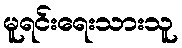
မူရင်းရေးသားသူ